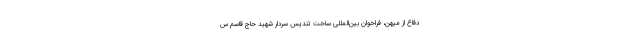
دفاع از میهن، فراخوان بین‌المللی ساخت تندیس سردار شهید حاج قاسم س